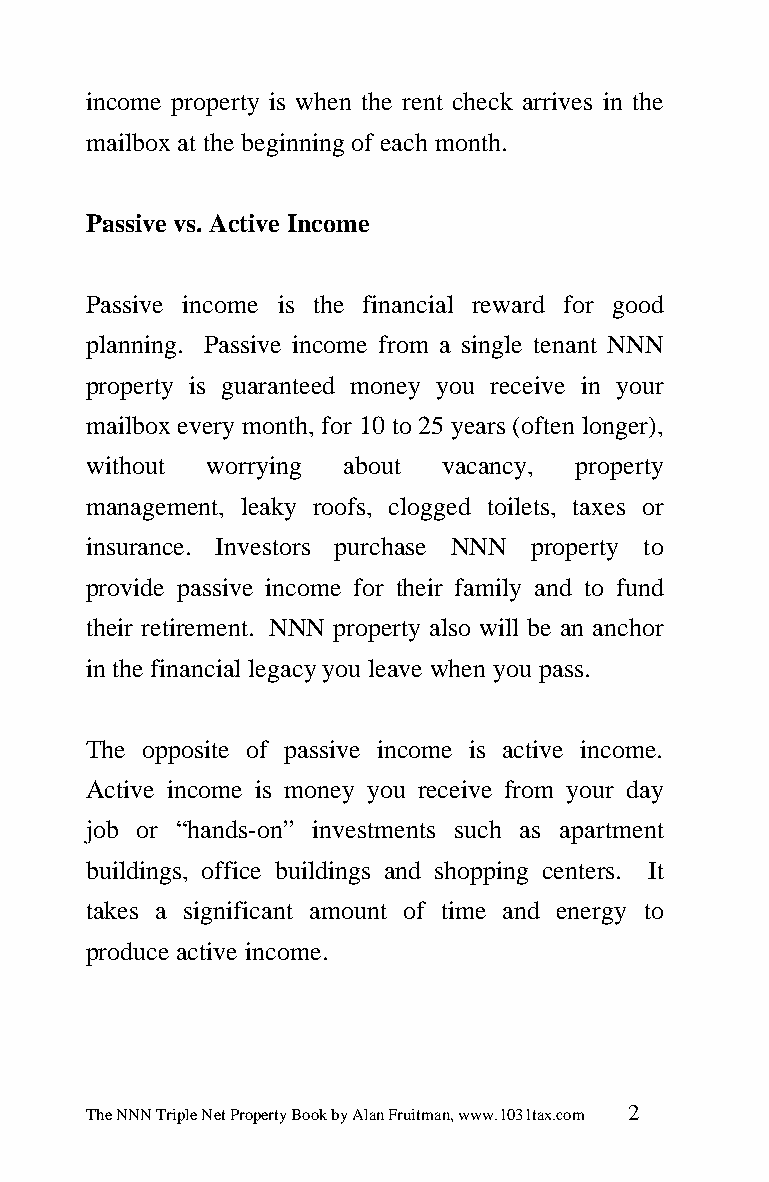
income property is when the rent check arrives in the
 mailbox at the beginning of each month.
 Passive vs. Active Income
 Passive income is the financial reward for good
 planning. Passive income from a single tenant NNN
 property is guaranteed money you receive in your
 mailbox every month, for 10 to 25 years (often longer),
 without worrying about  vacancy, property
 management, leaky roofs, clogged toilets, taxes or
 insurance. Investors purchase NNN property to
 provide passive income for their family and to fund
 their retirement. NNN property also will be an anchor
 in the financial legacy you leave when you pass.
 The opposite of passive income is active income.
 Active income is money you receive from your day
 job or “hands-on” investments such as apartment
 buildings, office buildings and shopping centers. It
 takes a significant amount of time and energy to
 produce active income.
 The NNN Triple Net Property Book by Alan Fruitman, www.1031tax.com 2